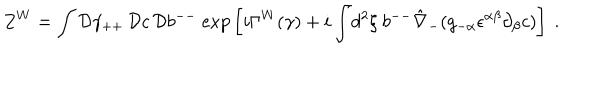
LaTeX: Z ^ { W } = \int { \cal D } \gamma _ { + + } \, { \cal D } c \, { \cal D } b ^ { -- } ~ \mathrm { e x p } \left[ i \Gamma ^ { W } ( \gamma ) + i \int \! d ^ { 2 } \xi ~ b ^ { -- } \hat { \nabla } _ { - } ( g _ { - \alpha } \epsilon ^ { \alpha \beta } \partial _ { \beta } c ) \right] ~ .